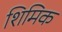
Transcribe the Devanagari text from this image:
शिमिक